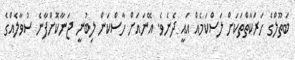
ބަތޫލްގެ ހަރަކާތްތަކަށް ލަސްކަމެއް އައީ ދެނެވެ. އޭނައަށް ހާސްކަން ލިބުނީ ޖަނާކޮށްފާނެ ސުވާލެއްގެ